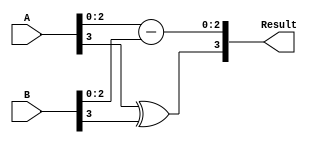
module Carry_lookahead_Subtractor(
    input [3:0] A,
    input [3:0] B,
    output [3:0] Result
);

wire [3:0] Diff;
wire [3:0] Carry;
wire [2:0] Generate, Propagate;
wire Borrow;

assign Diff = {A[3] ^ B[3], A[2:0] - B[2:0]};
assign Generate = {A[2] & B[2], A[1] & B[1], A[0] & B[0]};
assign Propagate = {A[2] | B[2], A[1] | B[1], A[0] | B[0]};

assign Carry[0] = Generate[0] | (Propagate[0] & Carry[0]);
assign Carry[1] = Generate[1] | (Propagate[1] & Carry[0]) | (Propagate[1] & Propagate[0] & Carry[0]);
assign Carry[2] = Generate[2] | (Propagate[2] & Carry[0]) | (Propagate[2] & Carry[1]) | (Propagate[2] & Propagate[1] & Carry[0]);
assign Borrow = (~Propagate[3] & Carry[3]) | (~Generate[2] & Propagate[3] & Carry[2]) | (~Generate[1] & Propagate[3] & Propagate[2] & Carry[1]) | (~Generate[0] & Propagate[3] & Propagate[2] & Propagate[1] & Carry[0]);

assign Result = {Borrow, Diff};

endmodule